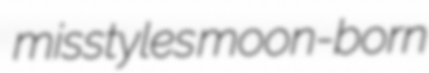
misstyles moon-born